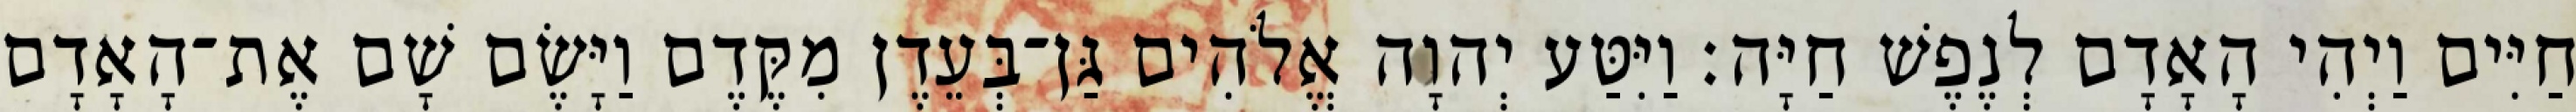
חַיִּים וַיְהִי הָאָדָם לְנֶפֶשׁ חַיָּה׃ וַיִּטַּע יְהוָה אֱלֹהִים גַּן־בְּעֵדֶן מִקֶּדֶם וַיָּשֶׂם שָׁם אֶת־הָאָדָם